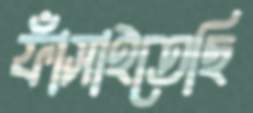
ফাঁসাইতেছি